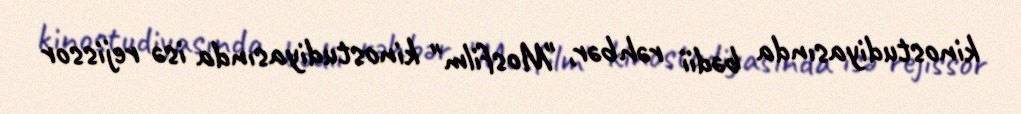
kinostudiyasında bədii rəhbər, "Mosfilm" kinostudiyasında isə rejissor